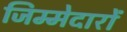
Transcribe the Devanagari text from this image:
जिम्मेदारों